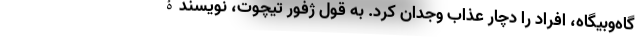
گاه‌وبیگاه، افراد را دچار عذاب وجدان کرد. به قول ژفور تیچوت، نویسندۀ